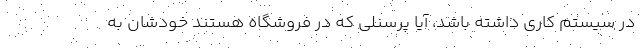
در سيستم كاري داشته باشد، آيا پرسنلي كه در فروشگاه هستند خودشان به